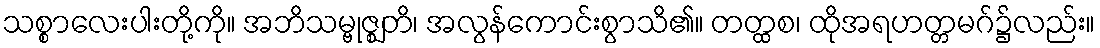
သစ္စာလေးပါးတို့ကို။ အဘိသမ္ဗုဇ္ဈတိ၊ အလွန်ကောင်းစွာသိ၏။ တတ္ထစ၊ ထိုအရဟတ္တမဂ်၌လည်း။